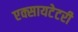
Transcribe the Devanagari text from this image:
एक्सायटेटरी